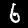
Digit: 6